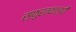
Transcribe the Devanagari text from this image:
स्फुरत्काञ्ची